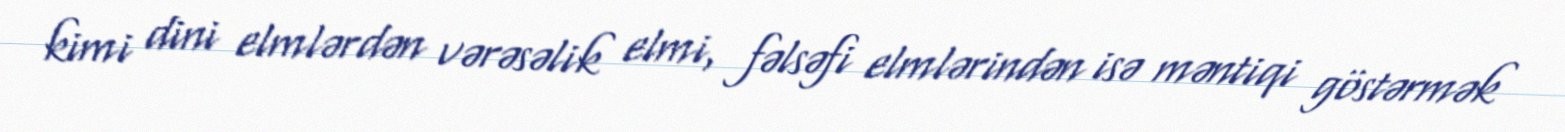
kimi dini elmlərdən vərəsəlik elmi, fəlsəfi elmlərindən isə məntiqi göstərmək